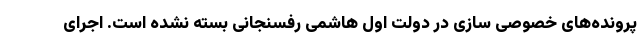
پرونده‌های خصوصی سازی در دولت اول هاشمی رفسنجانی بسته نشده است. اجرای